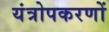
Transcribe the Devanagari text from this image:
यंत्रोपकरणों